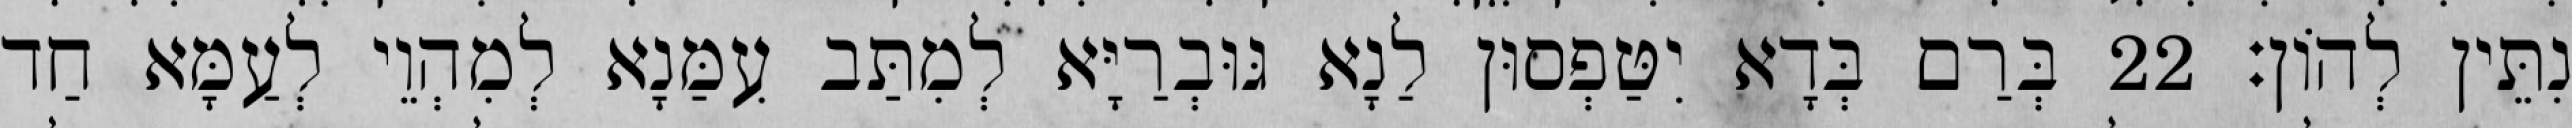
נִתֵּין לְהוֹן׃ 22 בְּרַם בְּדָא יִטַּפְסוּן לַנָא גּוּבְרַיָּא לְמִתַּב עִמַּנָא לְמִהְוֵי לְעַמָּא חַד